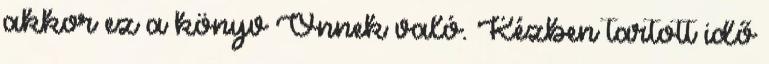
akkor ez a könyv Önnek való. Kézben tartott idő